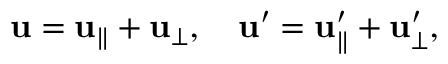
\mathbf { u } = \mathbf { u } _ { \parallel } + \mathbf { u } _ { \perp } , \quad \mathbf { u } ^ { \prime } = \mathbf { u } _ { \parallel } ^ { \prime } + \mathbf { u } _ { \perp } ^ { \prime } ,